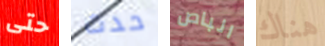
حتى حدث الباص هناك